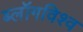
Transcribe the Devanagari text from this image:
ब्लॉगविश्व